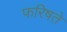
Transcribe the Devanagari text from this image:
फरिषते